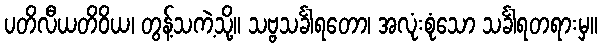
ပတိလီယတိဝိယ၊ တွန့်သကဲ့သို့။ သဗ္ဗသင်္ခါရတော၊ အလုံးစုံသော သင်္ခါရတရားမှ။